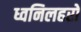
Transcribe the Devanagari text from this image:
ध्वनिलहरों